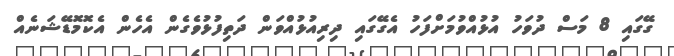
ގޭގައި 8 މަސް ދުވަހު އުޅުއްވުމަށްފަހު އެގޭގައި ދިރިއުޅުއްވަން ދަތިފުޅުވެގެން އެހެން އެކޮމޮޑޭޝަނެއް